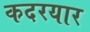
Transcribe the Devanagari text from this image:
कदरयार